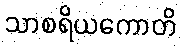
သာစရိယကောတိ